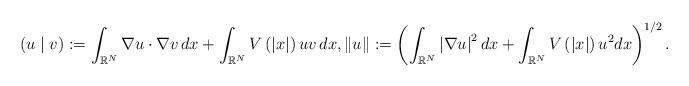
LaTeX: \begin{align*}\left( u\mid v\right) :=\int_{\mathbb{R}^{N}}\nabla u\cdot \nabla v\,dx+\int_{\mathbb{R}^{N}}V\left( \left| x\right| \right) uv\,dx,\left\| u\right\|:=\left( \int_{\mathbb{R}^{N}}\left| \nabla u\right| ^{2}dx+\int_{\mathbb{R}^{N}}V\left( \left| x\right| \right) u^{2}dx\right) ^{1/2}. \end{align*}